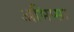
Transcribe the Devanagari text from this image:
अभिप्सा